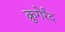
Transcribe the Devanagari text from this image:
क्रुगेर्रंद